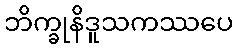
ဘိက္ခုနိဒူသကဿပေ